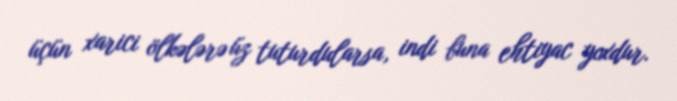
üçün xarici ölkələrə üz tuturdularsa, indi buna ehtiyac yoxdur.